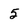
Character: 5